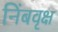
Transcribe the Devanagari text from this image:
निंबवृक्ष